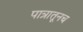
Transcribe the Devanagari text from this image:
पात्रातूनच